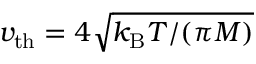
v _ { \mathrm { t h } } = 4 \sqrt { k _ { \mathrm { B } } T / ( \pi M ) }